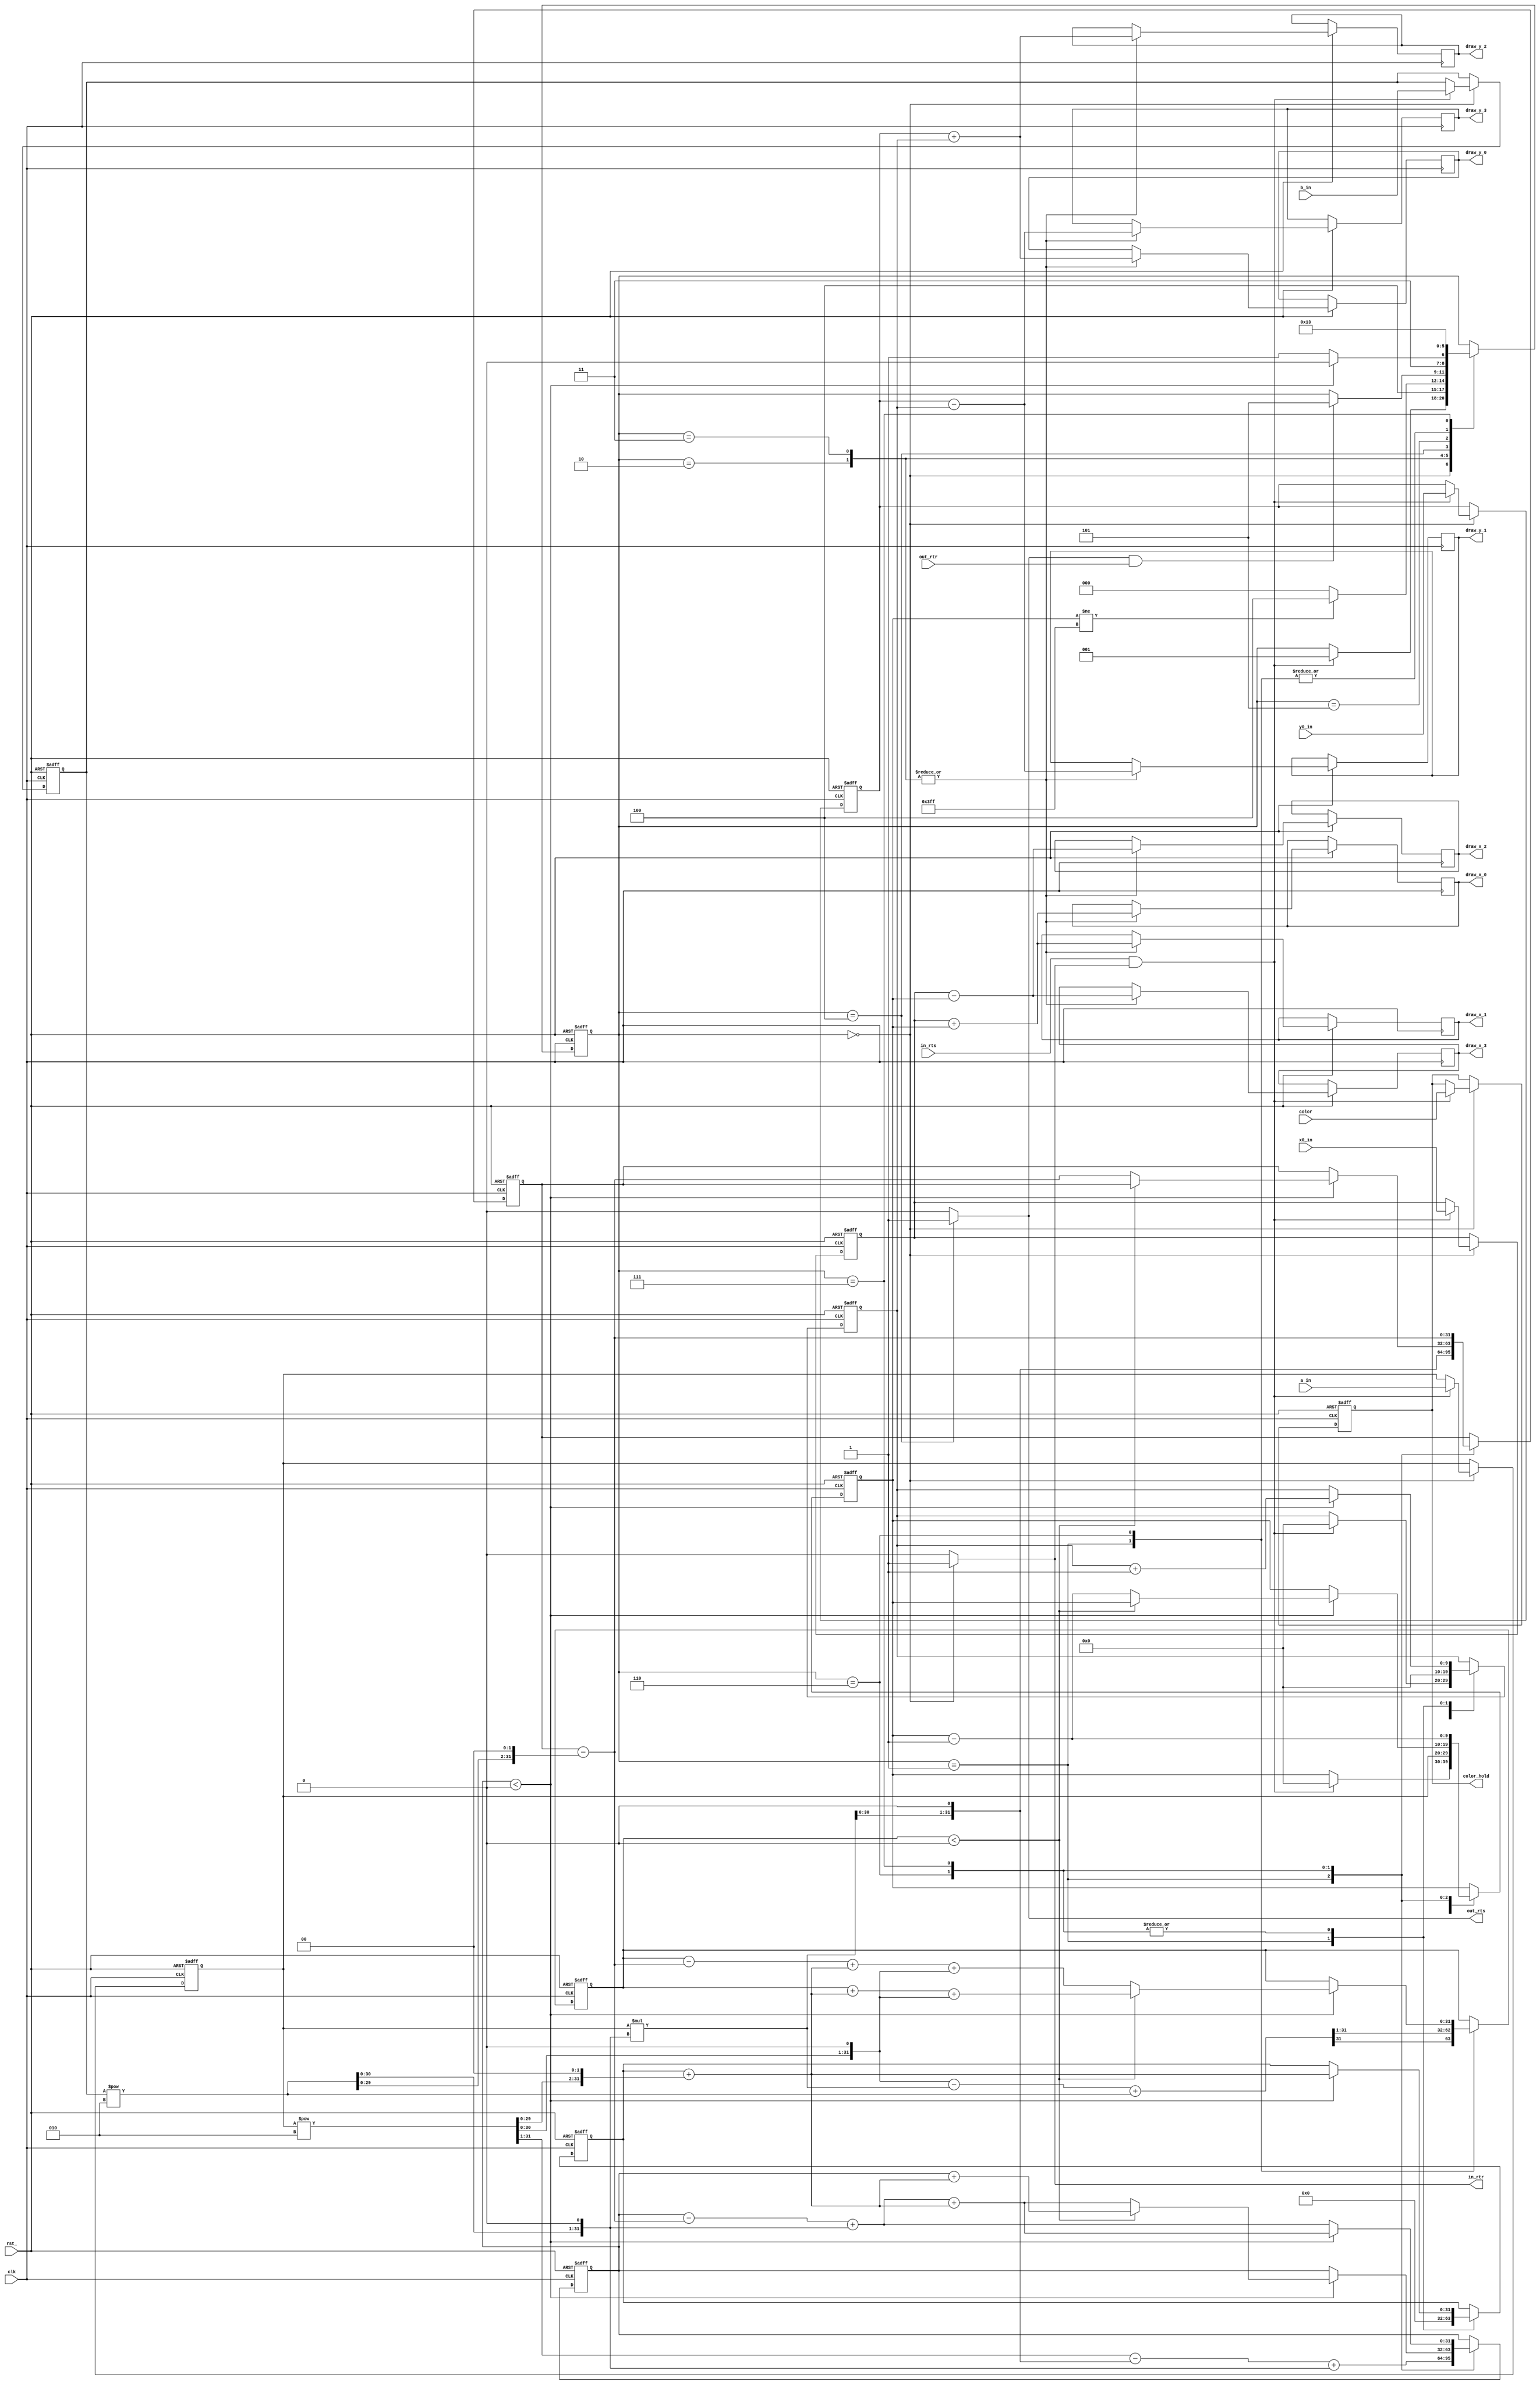
`timescale 1ns / 1ps

`define E_START_STATE           0
`define E_INIT_STATE            1
`define E_PRE_DRAW_STATE_1      2
`define E_PRE_DRAW_STATE_2      3
`define E_DRAW_STATE            4
`define E_POST_DRAW_STATE       5
`define E_DRAW_SETUP_STATE_1    6
`define E_DRAW_SETUP_STATE_2    7
`define E_END_STATE             8

module ellipse_drawer(
    input clk,
    input rst_,

    input [9:0] x0_in, y0_in,
    input [9:0] a_in, b_in,
    input [11:0] color,

    // input interface
    input  in_rts,
    output in_rtr,

    // output interface
    output  out_rts,
    input   out_rtr,

    output reg [9:0] draw_x_0, draw_x_1, draw_x_2, draw_x_3,
    output reg [9:0] draw_y_0, draw_y_1, draw_y_2, draw_y_3,
    output reg [11:0] color_hold
);

    reg [9:0] x0_hold, y0_hold;
    reg [9:0] a_hold, b_hold;

    // Ellipse variables
    reg [9:0] x, y;
    reg signed [31:0] d1, d2;

    // Temporary variables
    wire signed [31:0] t1, t2, t3;
    wire signed [31:0] t4, t5, t6, t7;
    reg  signed [31:0] t8, t9;
    reg [2:0] state;

    // Transfer completes
    wire in_xfc, out_xfc;
    assign in_xfc  = in_rts  & in_rtr;
    assign out_xfc = out_rts & out_rtr;

    // Ready to recieve when in start state
    assign in_rtr  = (state == `E_START_STATE) ? 1 : 0;

    // Ready to send when in draw state
    assign out_rts = (state == `E_DRAW_STATE) ? 1 : 0;

    // State machine
    always @ (posedge clk or negedge rst_)
    begin
        if (!rst_)
            state <= `E_START_STATE;

        else
        begin
            case (state)
                `E_START_STATE:
                begin
                    if (in_xfc)
                        state <= `E_INIT_STATE;
                end

                `E_INIT_STATE:
                    state <= `E_PRE_DRAW_STATE_1;

                `E_PRE_DRAW_STATE_1:
                    state <= `E_DRAW_STATE;

                `E_PRE_DRAW_STATE_2:
                begin
                    if (x != ((2 << 9) - 1))
                        state <= `E_DRAW_STATE;
                    else
                        state <= `E_END_STATE;
                end

                `E_DRAW_STATE:
                begin
                    if (out_xfc)
                        state <= `E_POST_DRAW_STATE;
                end

                `E_POST_DRAW_STATE:
                begin
                    if (d2 < 0)
                        state <= `E_DRAW_SETUP_STATE_1;
                    else
                        state <= `E_DRAW_SETUP_STATE_2;
                end

                `E_DRAW_SETUP_STATE_1:
                    state <= `E_PRE_DRAW_STATE_1;

                `E_DRAW_SETUP_STATE_2:
                    state <= `E_PRE_DRAW_STATE_2;

                `E_END_STATE:
                    state <= `E_START_STATE;

                default:
                    state <= 0;
            endcase
        end
    end

    // Drawing engine
    assign t1 = a_hold ** 2;
    assign t2 = t1 << 1;
    assign t3 = t2 << 1;
    assign t4 = b_hold ** 2;
    assign t5 = t4 << 1;
    assign t6 = t5 << 1;
    assign t7 = a_hold * t5;

    always @ (posedge clk or negedge rst_)
    begin

        if (!rst_)
        begin
            x <= 0;
            y <= 0;
            d1 <= 0;
            d2 <= 0;
            t8 <= 0;
            t9 <= 0;
            x0_hold <= 0;
            y0_hold <= 0;
            a_hold <= 0;
            b_hold <= 0;
            color_hold <= 0;
        end

        else
        begin
            case (state)
                `E_START_STATE:
                begin
                    if (in_xfc)
                    begin
                        x0_hold <= x0_in;
                        y0_hold <= y0_in;
                        a_hold <= a_in;
                        b_hold <= b_in;
                        color_hold <= color;
                        x <= 0;
                        y <= 0;
                    end
                end

                `E_INIT_STATE:
                begin
                    x <= a_hold;
                    y <= 0;
                    t8 <= t7 << 1;
                    t9 <= 0;
                    d1 <= (t2 - t7 + t4) >>> 1;
                    d2 <= (t1 >>> 1) - (t7 << 1) + t5;
                end

                `E_PRE_DRAW_STATE_1:
                begin
                    draw_x_0 <= x0_hold + x; draw_y_0 <= y0_hold + y;
                    draw_x_1 <= x0_hold + x; draw_y_1 <= y0_hold - y;
                    draw_x_2 <= x0_hold - x; draw_y_2 <= y0_hold + y;
                    draw_x_3 <= x0_hold - x; draw_y_3 <= y0_hold - y;
                end

                `E_PRE_DRAW_STATE_2:
                begin
                    draw_x_0 <= x0_hold + x; draw_y_0 <= y0_hold + y;
                    draw_x_1 <= x0_hold + x; draw_y_1 <= y0_hold - y;
                    draw_x_2 <= x0_hold - x; draw_y_2 <= y0_hold + y;
                    draw_x_3 <= x0_hold - x; draw_y_3 <= y0_hold - y;
                end

                `E_DRAW_SETUP_STATE_1:
                begin
                    if (d2 < 0)
                    begin
                        y <= y + 1;
                        t9 <= t9 + t3;

                        if (d1 < 0)
                        begin
                            d1 <= d1 + (t9 + t3) + t2;
                            d2 <= d2 + (t9 + t3);
                        end

                        else
                        begin
                            x <= x - 1;
                            t8 <= t8 - t6;
                            d1 <= d1 - (t8 - t6) + (t9 + t3) + t2;
                            d2 <= d2 - (t8 - t6) + t5 + (t9 + t3);
                        end
                    end
                end

                `E_DRAW_SETUP_STATE_2:
                begin
                    x  <= x - 1;
                    t8 <= t8 - t6;

                    if (d2 < 0)
                    begin
                        y  <= y + 1;
                        t9 <= t9 + t3;
                        d2 <= d2 - (t8 - t6) + t5 + (t9 + t3);
                    end

                    else
                        d2 <= d2 - (t8 - t6) + t5;
                end
            endcase
        end

    end

endmodule